Report on the treatment of epidemic cholera: from information collected by the governments of Bengal, Madras, Bombay, N.W. Provinces, Punjab, Oudh, and Central India, by order of the Government of India
Disease focus: Cholera
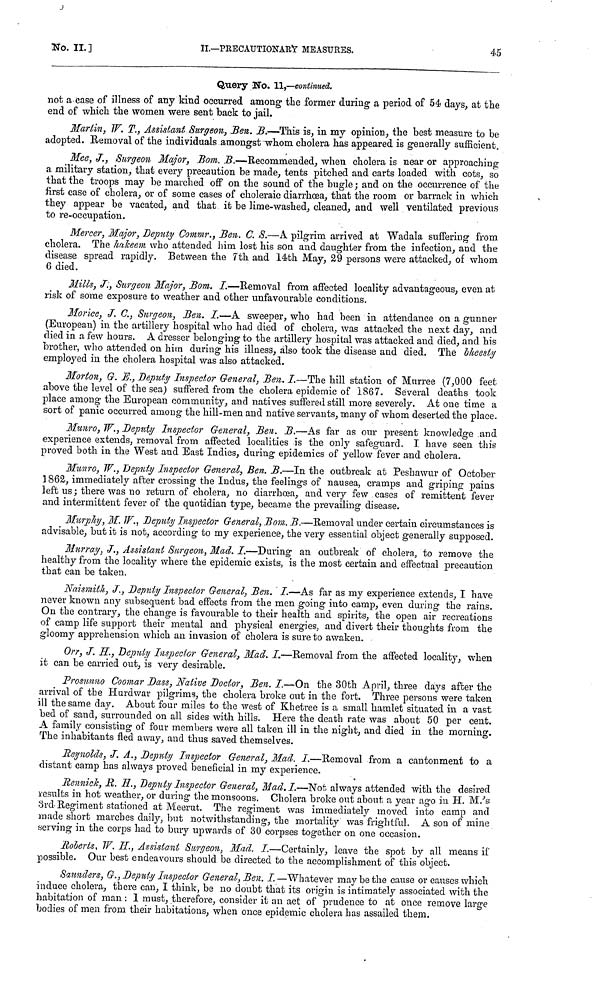
No. II. ]
II.—PRECAUTIONARY MEASURES.
45
Query NO. 11,—continued.
not a case of illness of any kind occurred among the former during a period of 54 days, at the
end of which the women were sent back to jail.
Martin, W. T., Assistant Surgeon, Ben. B.—This is, in my opinion, the best measure to be
adopted. Removal of the individuals amongst whom cholera has appeared is generally sufficient.
Mee, J., Surgeon Major, Bom. B.—Recommended, when cholera is near or approaching
a military station, that every precaution be made, tents pitched and carts loaded with cots, so
that the troops may be marched off on the sound of the bugle ; and on the occurrence of the
first case of cholera, or of some cases of choleraic diarrhœa, that the room or barrack in which
they appear be vacated, and that it be lime-washed, cleaned, and well ventilated previous
to re-occupation.
Mercer, Major, Deputy Commr., Ben. C. S.—A pilgrim arrived at Wadala suffering from
cholera. The hakeem who attended him lost his son and daughter from the infection, and the
disease spread rapidly. Between the 7th and 14th May, 29 persons were attacked, of whom
6 died.
Mills, J:, Surgeon Major, Bom. I.—Removal from affected locality advantageous, even at
risk of some exposure to weather and other unfavourable conditions.
Morice, J. C., Surgeon, Ben. I.—A sweeper, who had been in attendance on a gunner
(European) in the artillery hospital who had died of cholera, was attacked the next day, and
died in a few hours. A dresser belonging to the artillery hospital was attacked and died, and his
brother, who attended on him during his illness, also took the disease and died. The bheesty
employed in the cholera hospital was also attacked.
Morton, G. E., Deputy Inspector General, Ben. I.—The hill station of Murree (7,000 feet
above the level of the sea) suffered from the cholera epidemic of 1867. Several deaths took
place among the European community, and natives suffered still more severely. At one time a
sort of panic occurred among the hill-men and native servants, many of whom deserted the place.
Munro, W., Deputy Inspector General, Ben. B.—As far as our present knowledge and
experience extends, removal from affected localities is the only safeguard. I have seen this
proved both in the West and East Indies, during epidemics of yellow fever and cholera.
Munro, W., Deputy Inspector General, Ben. B.—In the outbreak at Peshawur of October
1862, immediately after crossing the Indus, the feelings of nausea, cramps and griping pains
left us ; there was no return of cholera, no diarrhœa, and very few cases of remittent fever
and intermittent fever of the quotidian type, became the prevailing disease.
Murphy, M. W., Deputy Inspector General, Bom. B.—Removal under certain circumstances is
advisable, but it is not, according to my experience, the very essential object generally supposed.
Murray, J., Assistant Surgeon, Mad. I.—During an outbreak of cholera, to remove the
healthy from the locality where the epidemic exists, is the most certain and effectual precaution
that can be taken.
Naismith, J., Deputy Inspector General, Ben. I.—As far as my experience extends, I have
never known any subsequent bad effects from the men going into camp, even during the rains.
On the contrary, the change is favourable to their health and spirits, the open air recreations
of camp life support their mental and physical energies, and divert their thoughts from the
gloomy apprehension which an invasion of cholera is sure to awaken.
Orr, J. H., Deputy Inspector General, Mad. I.—Removal from the affected locality, when
it can be carried out, is very desirable.
Prosunno Coomar Dass, Native Doctor, Ben. I.—On the 30th April, three days after the
arrival of the Hard war pilgrims, the cholera broke out in the fort. Three persons were taken
ill the same day. About four miles to the west of Khetree is a small hamlet situated in a vast
bed of sand, surrounded on all sides with hills. Here the death rate was about 50 per cent.
A family consisting of four members were all taken ill in the night, and died in the morning.
The inhabitants fled away, and thus saved themselves.
Reynolds, J. A., Deputy Inspector General, Mad. I.—Removal from a cantonment to a
distant camp has always proved beneficial in my experience.
Rennick, R. H., Deputy Inspector General, Mad. I.—Not always attended with the desired
results in hot weather, or during the monsoons. Cholera broke out about a year ago in H. M/s
3rd Regiment stationed at Meerut. The regiment was immediately moved into camp and
made short marches daily, but notwithstanding, the mortality was frightful. A son of mine
serving in the corps had to bury upwards of 30 corpses together on one occasion.
Roberts, W. H., Assistant Surgeon, Mad. I.—Certainly, leave the spot by all means if
possible. Our best endeavours should be directed to the accomplishment of this object.
Sannders, G., Deputy Inspector General, Ben. I. —Whatever may be the cause or causes which
induce cholera, there can, I think, be no doubt that its origin is intimately associated with the
habitation of man : 1 must, therefore, consider it an act of prudence to at once remove large
bodies of men from their habitations, when once epidemic cholera has assailed them,